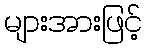
များအားဖြင့်